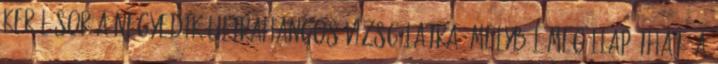
kerül sor a negyedik ultrahangos vizsgálatra, melyből megállapítható a